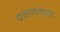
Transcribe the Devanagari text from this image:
प्रभावकता